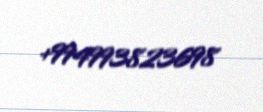
+994993823698